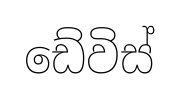
ඩේවිස්